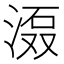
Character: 𱧎